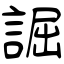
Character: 誳